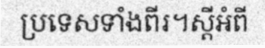
ប្រទេសទាំងពីរ។ស្តីអំពី